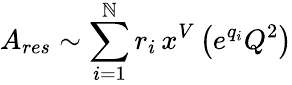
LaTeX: A_{res}\sim\sum_{i=1}^{\mathbb{N}}r_{i}\, x^{V}\left(e^{q_{i}}Q^{2}\right)